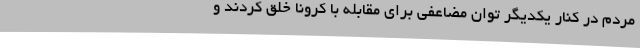
مردم در کنار یکدیگر توان مضاعفی برای مقابله با کرونا خلق کردند و